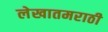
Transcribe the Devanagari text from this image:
लेखातमराठी